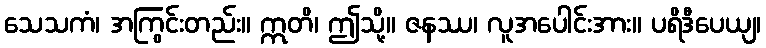
သေသကံ၊ အကြွင်းတည်း။ ဣတိ၊ ဤသို့။ ဇနဿ၊ လူအပေါင်းအား။ ပရိဒီပေယျ၊